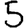
Digit: 5